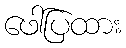
ဖေါ်ပြထား